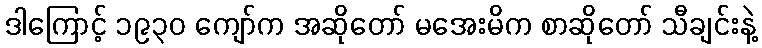
ဒါကြောင့် ၁၉၃၀ ကျော်က အဆိုတော် မအေးမိက စာဆိုတော် သီချင်းနဲ့